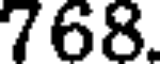
768.